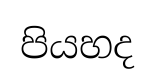
පියහද